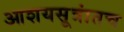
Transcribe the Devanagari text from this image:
आशयसूत्रांतच